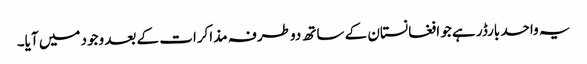
یہ واحد بارڈر ہے جو افغانستان کے ساتھ دو طرفہ مذاکرات کے بعد وجود میں آیا۔